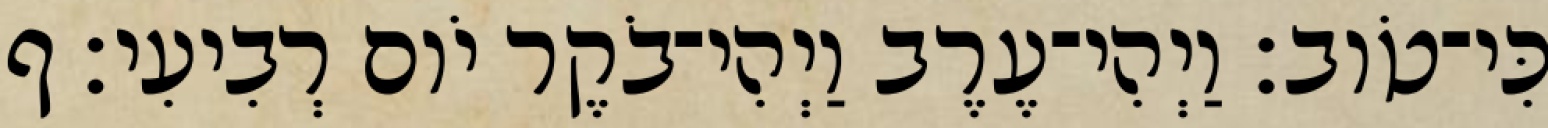
כִּי־טֹוב׃ וַיְהִי־עֶרֶב וַיְהִי־בֹקֶר יֹום רְבִיעִי׃ ף